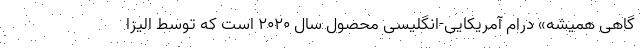
گاهی همیشه» درام آمریکایی-انگلیسی محصول سال ۲۰۲۰ است که توسط الیزا